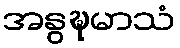
အနွဍ္ဎမာသံ